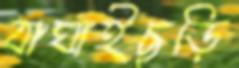
বাঘাইছড়ি